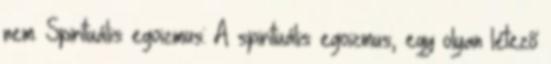
nem. Spirituális egoizmus: A spirituális egoizmus, egy olyan létező